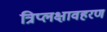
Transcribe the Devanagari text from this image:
त्रिप्लक्षावहरण